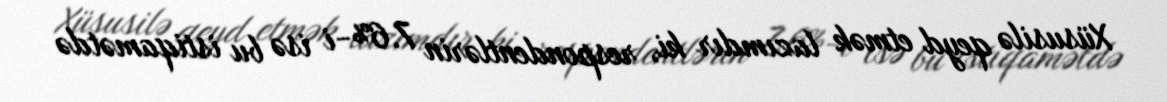
Xüsusilə qeyd etmək lazımdır ki, respondentlərin 7.6%-i isə bu istiqamətdə